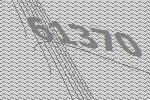
61370